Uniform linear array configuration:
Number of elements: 4
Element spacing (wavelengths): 0.75
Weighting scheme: cosine
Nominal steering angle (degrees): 0
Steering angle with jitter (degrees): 0.5784
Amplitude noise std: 0.05
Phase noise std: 0.05

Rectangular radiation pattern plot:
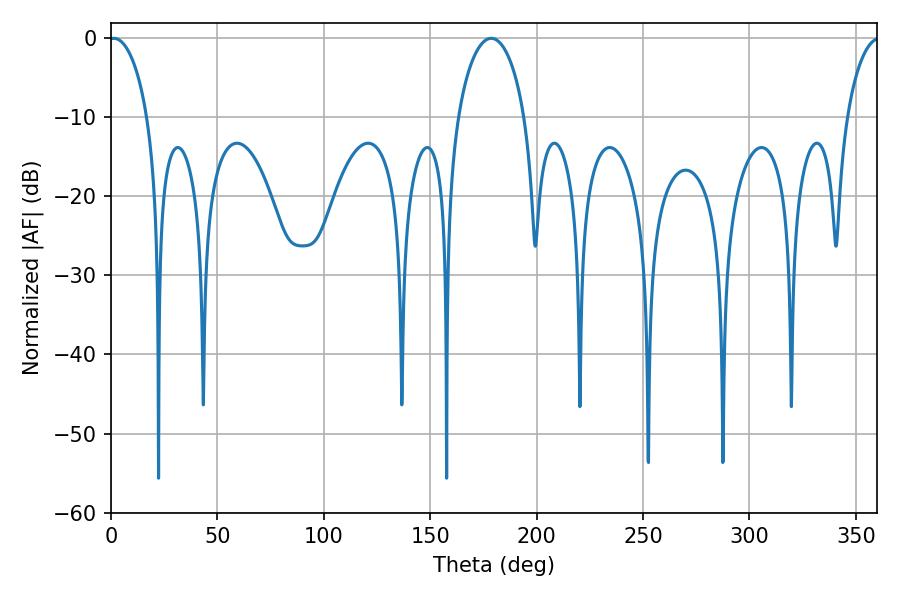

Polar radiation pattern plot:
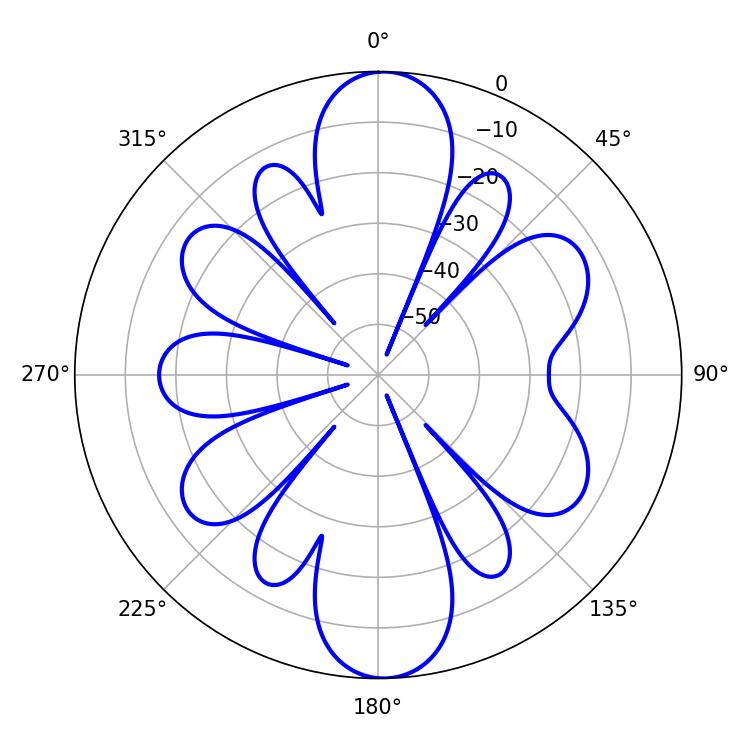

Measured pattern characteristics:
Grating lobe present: TRUE
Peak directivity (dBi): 20.376
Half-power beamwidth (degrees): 10.44
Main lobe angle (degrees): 1.26